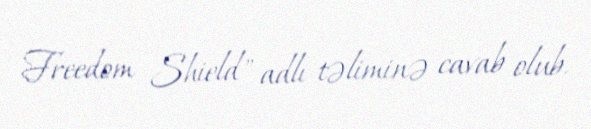
Freedom Shield" adlı təliminə cavab olub.